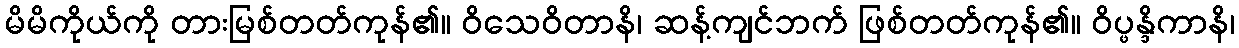
မိမိကိုယ်ကို တားမြစ်တတ်ကုန်၏။ ဝိသေဝိတာနိ၊ ဆန့်ကျင်ဘက် ဖြစ်တတ်ကုန်၏။ ဝိပ္ဖန္ဒိကာနိ၊